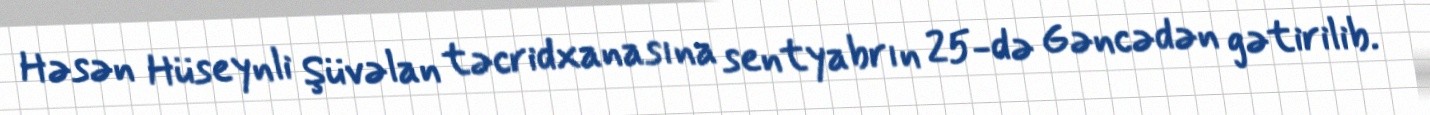
Həsən Hüseynli Şüvəlan təcridxanasına sentyabrın 25-də Gəncədən gətirilib.